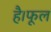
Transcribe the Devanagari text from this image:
है।फूल